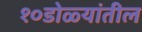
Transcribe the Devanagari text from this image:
१०डोळ्यांतील